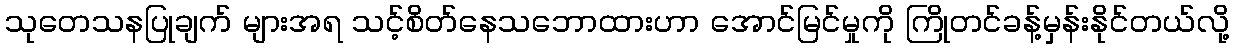
သုတေသနပြုချက် များအရ သင့်စိတ်နေသဘောထားဟာ အောင်မြင်မှုကို ကြိုတင်ခန့်မှန်းနိုင်တယ်လို့